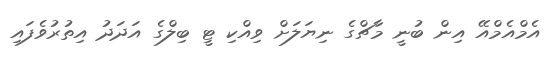
އެމްއެމްއޭ އިން ބުނީ މާޗްގެ ނިޔަލަށް ވިއްކި ޓީ ބިލްގެ އަދަދު އިތުރުވެފައި